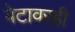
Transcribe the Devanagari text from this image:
बेटावरही